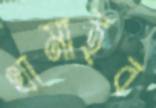
থামাইব